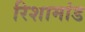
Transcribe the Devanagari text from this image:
रिशामांड